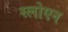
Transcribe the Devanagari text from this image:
स्लोएन